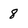
Character: 8